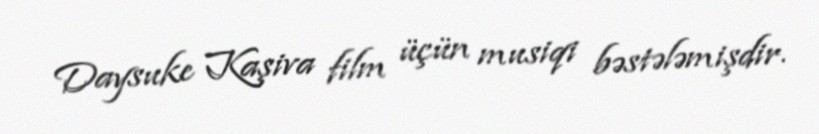
Daysuke Kaşiva film üçün musiqi bəstələmişdir.